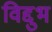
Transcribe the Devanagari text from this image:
विद्दुभ